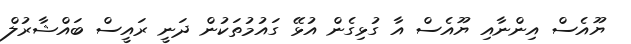
ޔޫއެސް އިންނާއި ޔޫއެސް އާ ގުޅިގެން އުޅޭ ގައުމުތަކުން ދަނީ ރައީސް ބައްޝާރުލް